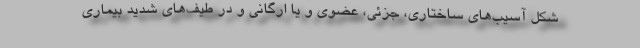
شکل آسیب‌های ساختاری، جزئی، عضوی و یا ارگانی و در طیف‌های شدید بیماری